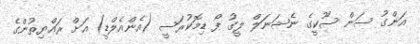
އަންގު ސަން ސޫކީގެ ނެޝަނަލް ލީގު ފޯ ޑިމޮކުރަސީ (އެންއެލްޑީ) އަށް ރައްޔިތުންގެ